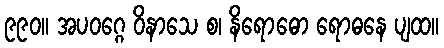
၉၉၀။ အပဝဂ္ဂေ ဝိနာသေ စ၊ နိရောဓော ရောဓနေ ပျထ။